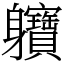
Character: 軉